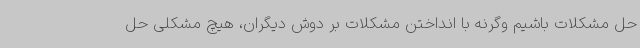
حل مشکلات باشیم وگرنه با انداختن مشکلات بر دوش دیگران، هیچ مشکلی حل